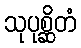
သုပုစ္ဆိတံ